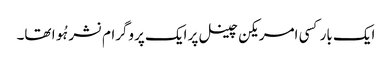
ایک بار کسی امریکن چینل پر ایک پروگرام نشر ہُوا تھا۔